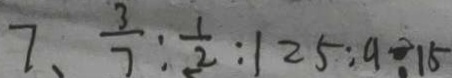
7 、 \frac { 3 } { 7 } : \frac { 1 } { 2 } : 1 2 5 : 9 \div 1 5